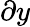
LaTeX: \partial y